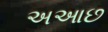
અઆછ